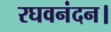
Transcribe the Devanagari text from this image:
रघवनंदन।